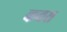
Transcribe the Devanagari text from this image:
कवस